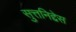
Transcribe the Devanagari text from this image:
सुत्तनिद्देस